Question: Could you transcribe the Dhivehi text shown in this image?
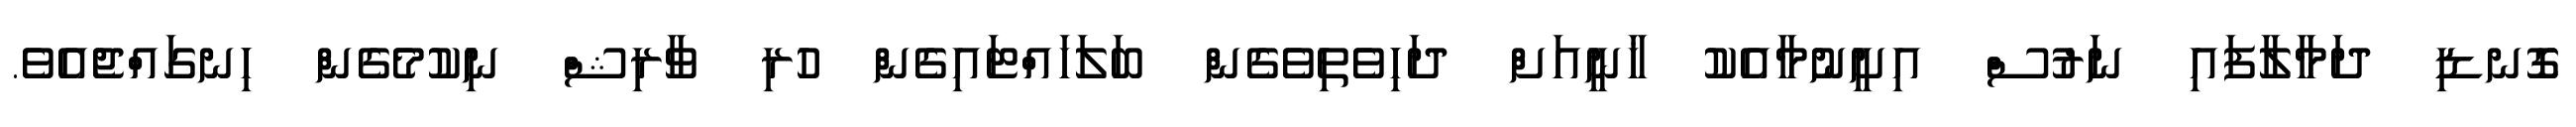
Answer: ގޮނޑި ދަމާލާފައި ނަރުސް އިށީނުމާއެކު ޚާނީއަށް ދަހިވެތިވެގެން ބަލަހައްޓައިގެން ހުރި ވާރިޝް ނިކުމެގެން ހިނގައްޖެއެވެ.